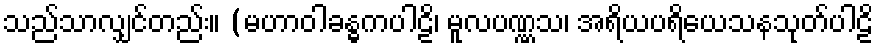
သည်သာလျှင်တည်း။ (မဟာဝါခန္ဓကပါဠိ၊ မူလပဏ္ဏသ၊ အရိယပရိယေသနသုတ်ပါဠိ